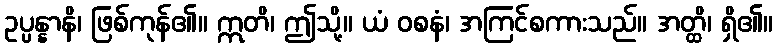
ဥပ္ပန္နာနိ၊ ဖြစ်ကုန်၏။ ဣတိ၊ ဤသို့။ ယံ ဝစနံ၊ အကြင်စကားသည်။ အတ္ထိ၊ ရှိ၏။